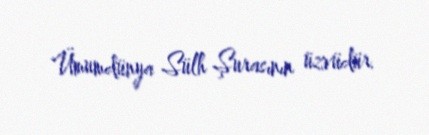
Ümumdünya Sülh Şurasının üzvüdür.